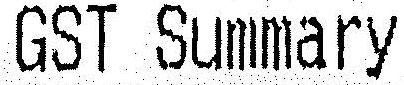
GST SUMMARY